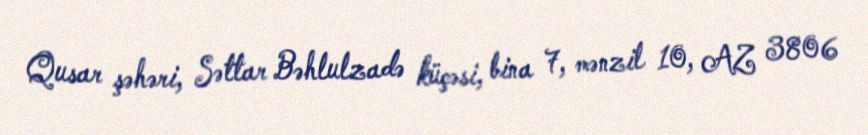
Qusar şəhəri, Səttar Bəhlulzadə küçəsi, bina 7, mənzil 10, AZ 3806